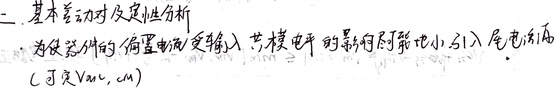
二、基本差动对及定性分析
为使器件的偏置电流受输入共模电平的影响尽可能地小，引入尾电流源(可定义\(V_{cm,c}\))